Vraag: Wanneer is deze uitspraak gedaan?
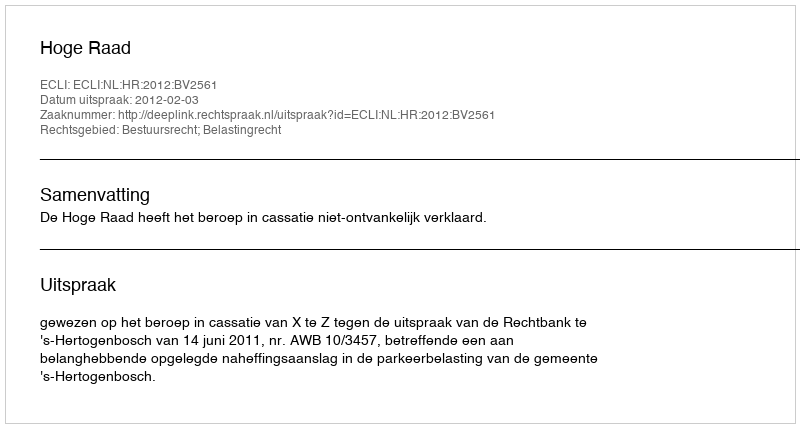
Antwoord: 2012-02-03